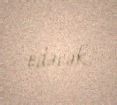
edəcək.